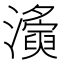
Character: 𤃚